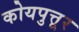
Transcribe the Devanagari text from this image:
कोयपुत्तूर